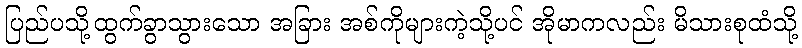
ပြည်ပသို့ထွက်ခွာသွားသော အခြား အစ်ကိုများကဲ့သို့ပင် အိုမာကလည်း မိသားစုထံသို့